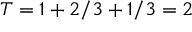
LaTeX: T = 1 + 2 / 3 + 1 / 3 = 2